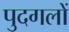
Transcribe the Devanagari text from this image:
पुदगलों